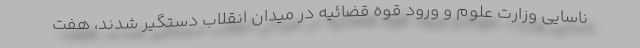
ناسایی وزارت علوم و ورود قوه قضائیه در میدان انقلاب دستگیر شدند، هفت